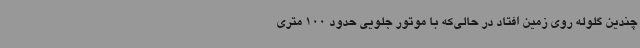
چندین گلوله روی زمین افتاد در حالی‌که با موتور جلویی حدود 100 متری